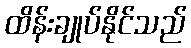
ထိန်းချုပ်နိုင်သည်